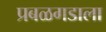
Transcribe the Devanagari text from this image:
प्रबळगडाला